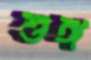
শুঙ্গ